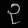
Digit: ၃